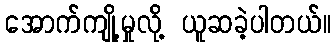
အောက်ကျို့မှုလို့ ယူဆခဲ့ပါတယ်။